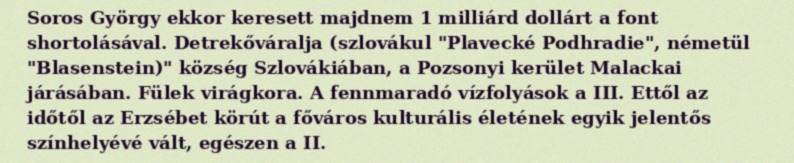
Soros György ekkor keresett majdnem 1 milliárd dollárt a font shortolásával. Detrekőváralja (szlovákul "Plavecké Podhradie", németül "Blasenstein)" község Szlovákiában, a Pozsonyi kerület Malackai járásában. Fülek virágkora. A fennmaradó vízfolyások a III. Ettől az időtől az Erzsébet körút a főváros kulturális életének egyik jelentős színhelyévé vált, egészen a II.